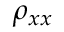
\rho _ { x x }